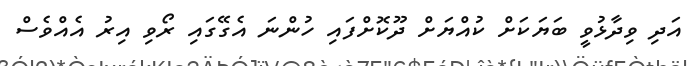
އަދި ވިދާޅުވީ ބަޔަކަށް ކުއްޔަށް ދޫކޮށްފައި ހުންނަ އެގޭގައި ރޯވި އިރު އެއްވެސް